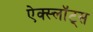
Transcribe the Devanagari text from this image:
ऐक्स्लॉट्स